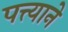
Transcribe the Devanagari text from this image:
पत्त्याने